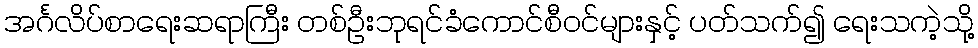
အင်္ဂလိပ်စာရေးဆရာကြီး တစ်ဦးဘုရင်ခံကောင်စီဝင်များနှင့် ပတ်သက်၍ ရေးသကဲ့သို့